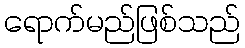
ရောက်မည်ဖြစ်သည်